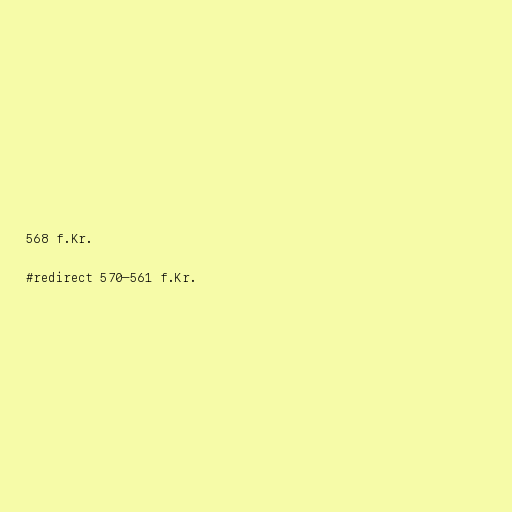
568 f.Kr.

#redirect 570–561 f.Kr.